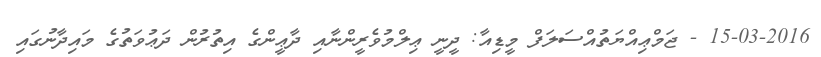
15-03-2016 - ޖަމްޢިއްޔަތުއްސަލަފް މީޑިއާ: ދީނީ ޢިލްމުވެރީންނާއި ދާޢީންގެ އިތުރުން ދަޢުވަތުގެ މައިދާނުގައި